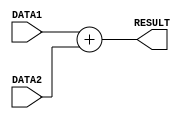
/*
    * CO224 - Computer Architecture
    * Lab 05 - Part 1
    * add unit
    * Group 09 (E/20/148, E/20/157)
    * 2024-04-09
    * Version 1.0
*/


// ALU add unit is used to do add operation in the ALU
module add(DATA1, DATA2, RESULT);
    // Input-output Declaration
    input [7:0] DATA1, DATA2;
    output [7:0] RESULT;

    // Result
    assign #2 RESULT = DATA1 + DATA2;
endmodule